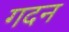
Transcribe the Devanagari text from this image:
गदन